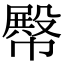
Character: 𢅝